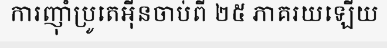
ការញ៉ាំប្រូតេអ៊ីនចាប់ពី ២៥ ភាគរយឡើយ